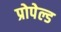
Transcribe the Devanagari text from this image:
प्रोपेल्ड